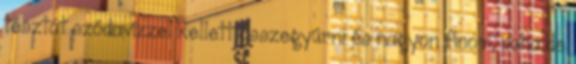
tésztát szódavízzel kellett összegyúrni és nagyon finom, puha de